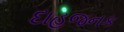
દાહજનક